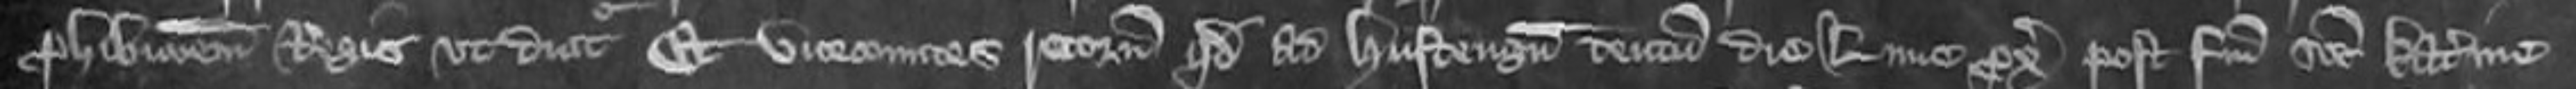
prohibitionem Regis ut dicitur Et vicecomites retornavunt quod ad Hustengum centum dies Lune proximo post Festum Sancte Katerine